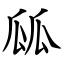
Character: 㼌